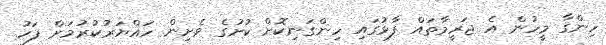
ހިންގާ މީހުން އެ ޖަރީމާތައް ފާޅުގައި ހިންގަނިކޮށް ކުށުގެ ވެށިން ހައްޔަރުކުރުމަށް ފަހު